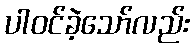
ပါဝင်ခဲ့သော်လည်း